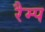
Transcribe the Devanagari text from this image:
रैम्‍प